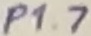
Text: P1.7